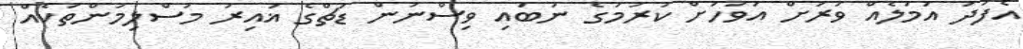
އެފަދަ އަމަލެއް ވަރަށް އަވަހަށް ކުރުމުގެ ނުބައި ވިސްނުން ޑަޗްގެ ޣައިރު މުސްލިމުންތަކެއް